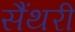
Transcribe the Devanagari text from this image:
सैंथरी